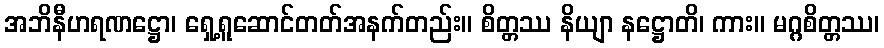
အဘိနီဟရဏဋ္ဌော၊ ရှေ့ရူဆောင်တတ်အနက်တည်း။ စိတ္တဿ နိယျာ နဋ္ဌောတိ၊ ကား။ မဂ္ဂစိတ္တဿ၊